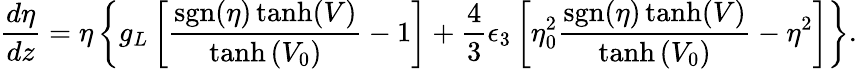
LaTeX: \frac{d\eta}{dz}=\eta\left\lbrace g_{L}\left[\frac{\mathrm{sgn}(\eta)\operatorname{tanh}(V)}{\operatorname{tanh}\left(V_{0}\right)}-1\right]+\frac{4}{3}\epsilon_{3}\left[\eta_{0}^{2}\frac{\mathrm{sgn}(\eta)\operatorname{tanh}(V)}{\operatorname{tanh}\left(V_{0}\right)}-\eta^{2}\right]\right\rbrace.